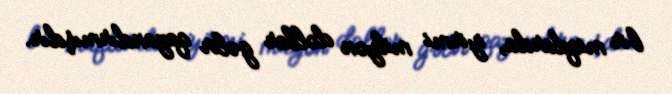
bir miqdarda, iyirmi milyon dollar gəlir qazandırmışdır.